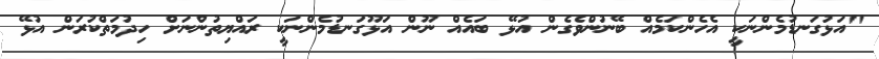
"އަޅުގަނޑުމެންނަކީ އެހެންކަމެއް ބޭނުންވެގެން އުޅޭ ބައެއް ނޫން އަޅޫގަނޑުމެންނަކީ ރައްޔިތުންނަށް ހިދުމަތްކުރަން އުޅޭ